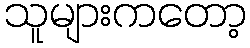
သူများကတော့